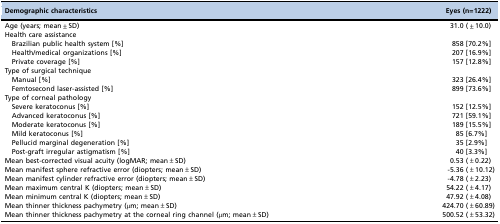
<table><thead><tr><td><b>Demographic characteristics</b></td><td><b>Eyes (n=1222)</b></td></tr></thead><tbody><tr><td>Age (years; mean±SD)</td><td>31.0 (±10.0)</td></tr><tr><td>Health care assistance</td><td></td></tr><tr><td>Brazilian public health system [%]</td><td>858 [70.2%]</td></tr><tr><td>Health/medical organizations [%]</td><td>207 [16.9%]</td></tr><tr><td>Private coverage [%]</td><td>157 [12.8%]</td></tr><tr><td>Type of surgical technique</td><td></td></tr><tr><td>Manual [%]</td><td>323 [26.4%]</td></tr><tr><td>Femtosecond laser-assisted [%]</td><td>899 [73.6%]</td></tr><tr><td>Type of corneal pathology</td><td></td></tr><tr><td>Severe keratoconus [%]</td><td>152 [12.5%]</td></tr><tr><td>Advanced keratoconus [%]</td><td>721 [59.1%]</td></tr><tr><td>Moderate keratoconus [%]</td><td>189 [15.5%]</td></tr><tr><td>Mild keratoconus [%]</td><td>85 [6.7%]</td></tr><tr><td>Pellucid marginal degeneration [%]</td><td>35 [2.9%]</td></tr><tr><td>Post-graft irregular astigmatism [%]</td><td>40 [3.3%]</td></tr><tr><td>Mean best-corrected visual acuity (logMAR; mean±SD)</td><td>0.53 (±0.22)</td></tr><tr><td>Mean manifest sphere refractive error (diopters; mean±SD)</td><td>-5.36 (±10.12)</td></tr><tr><td>Mean manifest cylinder refractive error (diopters; mean±SD)</td><td>-4.78 (±2.23)</td></tr><tr><td>Mean maximum central K (diopters; mean±SD)</td><td>54.22 (±4.17)</td></tr><tr><td>Mean minimum central K (diopters; mean±SD)</td><td>47.92 (±4.08)</td></tr><tr><td>Mean thinner thickness pachymetry (μm; mean±SD)</td><td>424.70 (±60.89)</td></tr><tr><td>Mean thinner thickness pachymetry at the corneal ring channel (μm; mean±SD)</td><td>500.52 (±53.32)</td></tr></tbody></table>